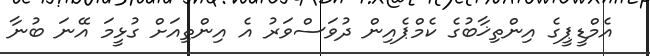
އެމްޑީޕީގެ އިންތިޚާބުގެ ކެމްޕެއިން ދުވަސްވަރު އެ އިންތިއަށް ގުޅީމަ އޭނަ ބުނާ